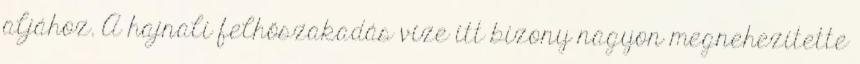
aljához. A hajnali felhőszakadás vize itt bizony nagyon megnehezítette